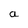
Character: a